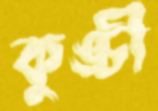
কুঙ্চী